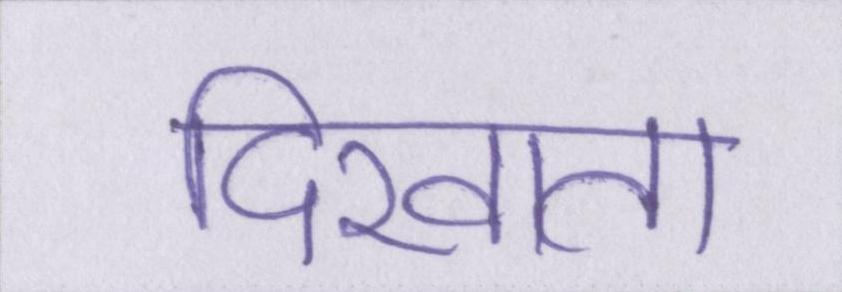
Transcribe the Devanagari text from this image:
दिखाता